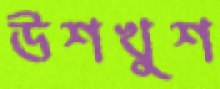
উশখুশ